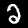
Label: 2